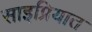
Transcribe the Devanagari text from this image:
साइप्रियात